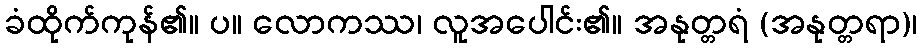
ခံထိုက်ကုန်၏။ ပ။ လောကဿ၊ လူအပေါင်း၏။ အနုတ္တရံ (အနုတ္တရာ)၊